Annual vaccination report of Bihar and Orissa - 1911-1928
Year: 1911
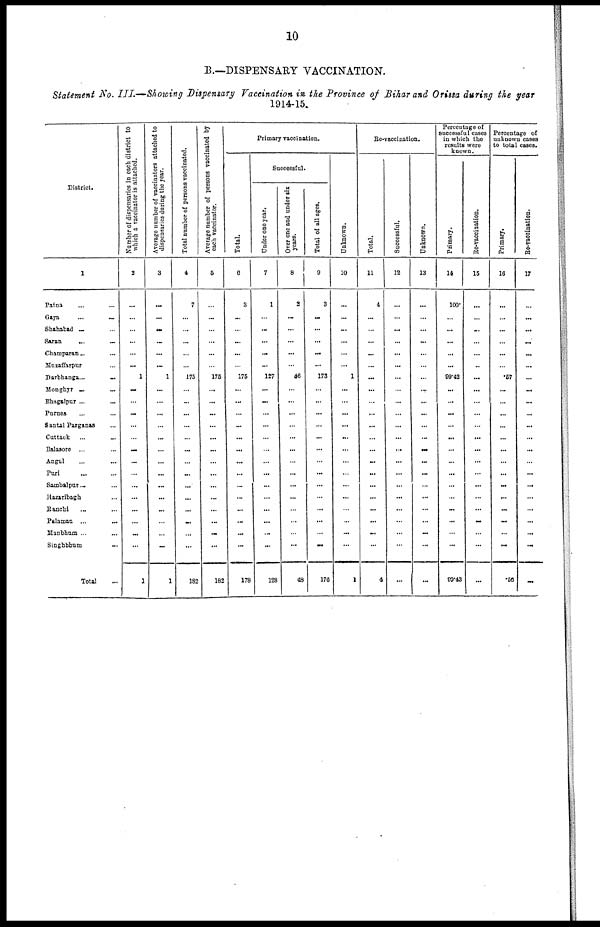
10
B.—DISPENSARY VACCINATION.
Statement No. III.—Showing Dispensary Vaccination in the Province of Bihar and Orissa during the year
1914-15.
District.
1
Patna ... ...
Gaya
...
...
Shahabad ... ...
Saran
...
...
Champaran ... ...
Muzaffarpur ...
Darbhanga...
...
Monghyr ... ...
Bhagalpur ...
...
Purnea ... ...
Santal Parganas ...
Cuttatk
...
...
Balasore ... ...
Angul ... ...
Puri ... ...
Sambalpur ... ...
Hazaribagh ...
Ranchi ... ...
Palamau ... ...
Manbhum ... ...
Singhbhum ...
Total ...
Number of dispensaries in each district to
which a vaccinator is attached.
2
...
...
...
...
...
...
1
...
...
...
...
...
...
...
...
...
...
...
...
...
...
1
Average number of vaccinators attached to
dispensaries during the year.
3
...
...
...
...
...
...
1
...
...
...
...
...
...
...
...
...
...
...
...
...
...
1
Total number of persons vaccinated.
4
7
...
...
...
...
...
175
...
...
...
...
...
...
...
...
...
...
...
...
...
...
182
Average number of persons vaccinated by
each vaccinator.
5
...
...
...
...
...
...
175
...
...
...
...
...
...
...
...
...
...
...
...
...
...
182
Primary vaccination.
Total.
6
3
...
...
...
...
...
175
...
...
...
...
...
...
...
...
...
...
...
...
...
...
178
Successful.
Under one year.
7
1
...
...
...
...
...
127
...
...
...
...
...
...
...
...
...
...
...
...
...
...
128
Over one and under six
years.
8
2
...
...
...
...
...
46
...
...
...
...
...
...
...
...
...
...
...
...
...
...
48
Total of all ages.
9
3
...
...
...
...
...
173
...
...
...
...
...
...
...
...
...
...
...
...
...
...
176
Unknown.
10
...
...
...
...
...
...
1
...
...
...
...
...
...
...
...
...
...
...
...
...
...
1
Re-vaccination.
Total.
11
4
...
...
...
...
...
...
...
...
...
...
...
...
...
...
...
...
...
...
...
...
4
Successful.
12
...
...
...
...
...
...
...
...
...
...
...
...
...
...
...
...
...
...
...
...
...
...
Unknown.
13
...
...
...
...
...
...
...
...
...
...
...
...
...
...
...
...
...
...
...
...
...
...
Percentage of
successful cases
in which the
results were
known.
Primary.
14
100.
...
...
...
...
...
99.42
...
...
...
...
...
...
...
...
...
...
...
...
...
...
99.43
Re-vaccination.
15
...
...
...
...
...
...
...
...
...
...
...
...
...
...
...
...
...
...
...
...
...
...
Percentage of
unknown cases
to total cases.
Primary.
16
...
...
...
...
...
...
.57
...
...
...
...
...
...
...
...
...
...
...
...
...
...
.56
Re-vaccination.
17
...
...
...
...
...
...
...
...
...
...
...
...
...
...
...
...
...
...
...
...
...
...